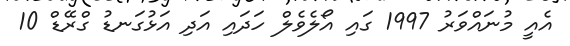
އެއީ މުނައްވަރު 1997 ގައި އޯލެވެލް ހަދައި އަދި އަޅުގަނޑު ގްރޭޑް 10